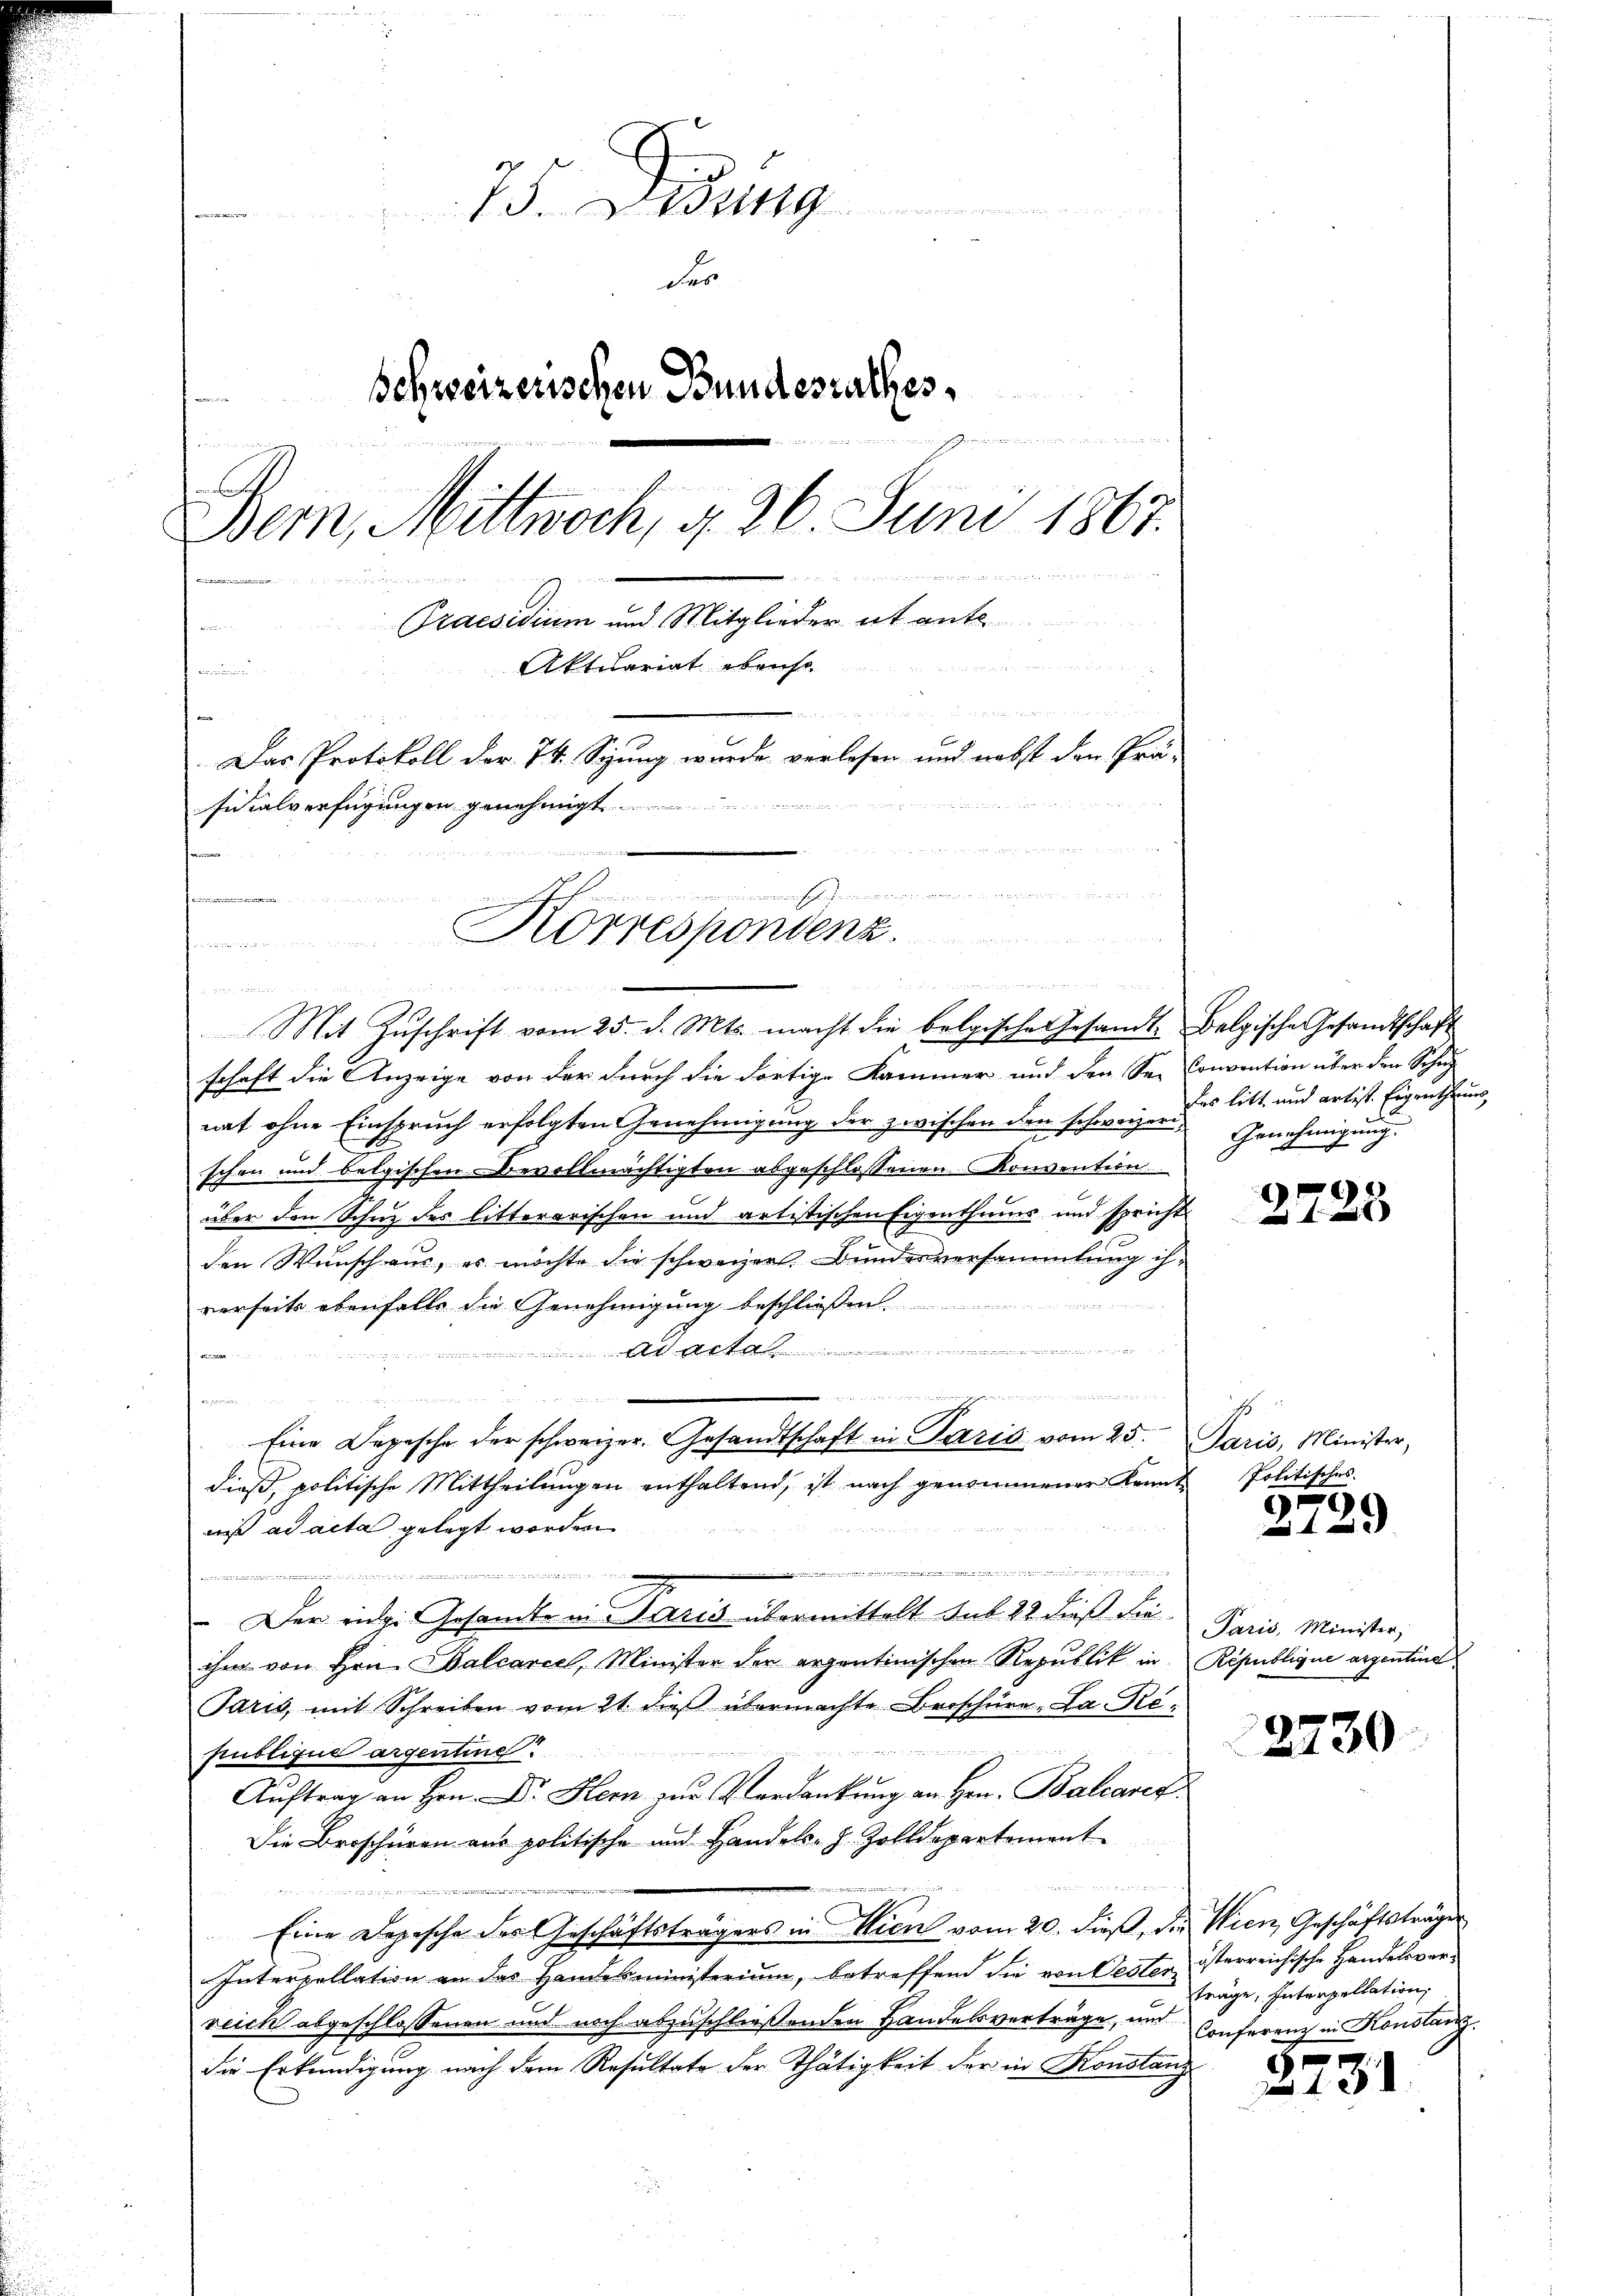
VS. Widung
r
der
Schweizerischen Bundesrathes,
e
let werden der die ich ebendeten erkamenten und
e
.
Bern, Mittwoch, d. 26. Juni 1867.

Praesidium und Mitglieder et ante
e
Siehe auch das in wenn in den mir wie ein an
Aktuariat ebenso

d
Das Protokoll der 74. Syung wurde verlesen und nebst den Prä-
Inialverfügungen genehmigt.
dende
 innern
Pernommen
Korrespondenz.
honoriren

0 x

d
Mit Zŭschrift vom 25. d. Mts. macht die bolgische Gesandte Belgische Gesandtschaft
schaft die Anzeige von der durch die dortige Kammer und den See Convention über den Schul
nat ohne Einspruch erfolgten Genehmigung der zwischen den schweizen Genehmigung.
schen und belgischen Bevollmächtigten abgeschlossenen Konvention
über den Schuz des litterarischen und artistischen Eigenthums und spricht
den Wunsch aus, es möchte die schweizer. Bundesversammlung ih-
rerseits ebenfalls die Genehmigung beschliessen.
An Alta
Fa
e

frommen
dieβ, politische Mittheilŭngen enthaltend, ist nach genommener Kennt-
wiß ad acta gelegt worden
e
un aber ein de
 Der eige Gesandte in Paris übermittelt sub 22 dieß die
ihm von Hrn. Balcarcel, Minister der ergentinischen Republik in Republique argentine
Paris, mit Schreiben vom 21. dieß übermachte Broschüre - La. Re¬

publique argentine!
Auftrag an Hrn. Dr. Hem zur Verdankung an Hrn. Balcaret
Die Broschüren aus politische und Handels- J. Zolldepartement
u
2

Eine Depesche der Geschäftsträgers in Wien vom 20. dieß, die Wien, Geschäftsträger
Interpellation an das Handesministerium, betreffend die von Oester isterreichische Handelsver-
reich abgeschlossenen und noch abzuschließenden Handelsverträge, und Conferenz in Konstanz
die Erkundigung nach dem Resultate der Thätigkeit der in Konstanz

Eine Depesche der schweizer. Gesandtschaft in Paris vom 25. Paris, Minister,

des litt und artist. Eigenthums,

)

Politisches.

2729

Paris, Minister,

2730

träge, Interpellation,

3731